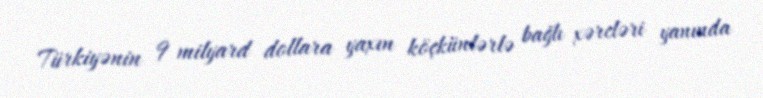
Türkiyənin 9 milyard dollara yaxın köçkünlərlə bağlı xərcləri yanında